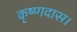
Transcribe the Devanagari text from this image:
कृष्णदास।